Leaving Certificate Examination, 1910
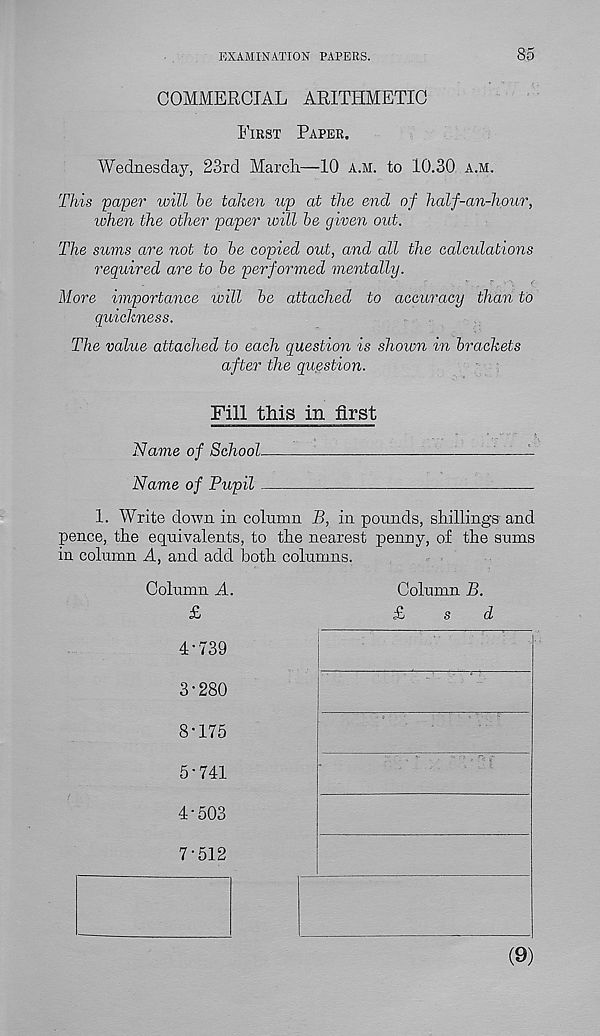
EXAMINATION PAPERS.
85
COMMERCIAL ARITHMETIC
First Paper.
Wednesday, 23rd March—10 a.m. to 10.30 a.m.
This paper will be taken up at the end of half-an-hour,
tohen the other paper will be given out.
The sums are not to be copied out, and all the calculations
required are to be performed mentally.
More importance will be attached to accuracy than to
quickness.
The value attached to each question is shown in brackets
after the question.
Fill this in first
Name of School
Name of Pupil
1. Write down in column B, in pounds, shillings and
pence, the equivalents, to the nearest penny, of the sums
in column A, and add both columns.
Column A.
£
4-
73
3-
28
8-175
5-
74
4-
50
7-512
Column B.
£
s
d
(9)